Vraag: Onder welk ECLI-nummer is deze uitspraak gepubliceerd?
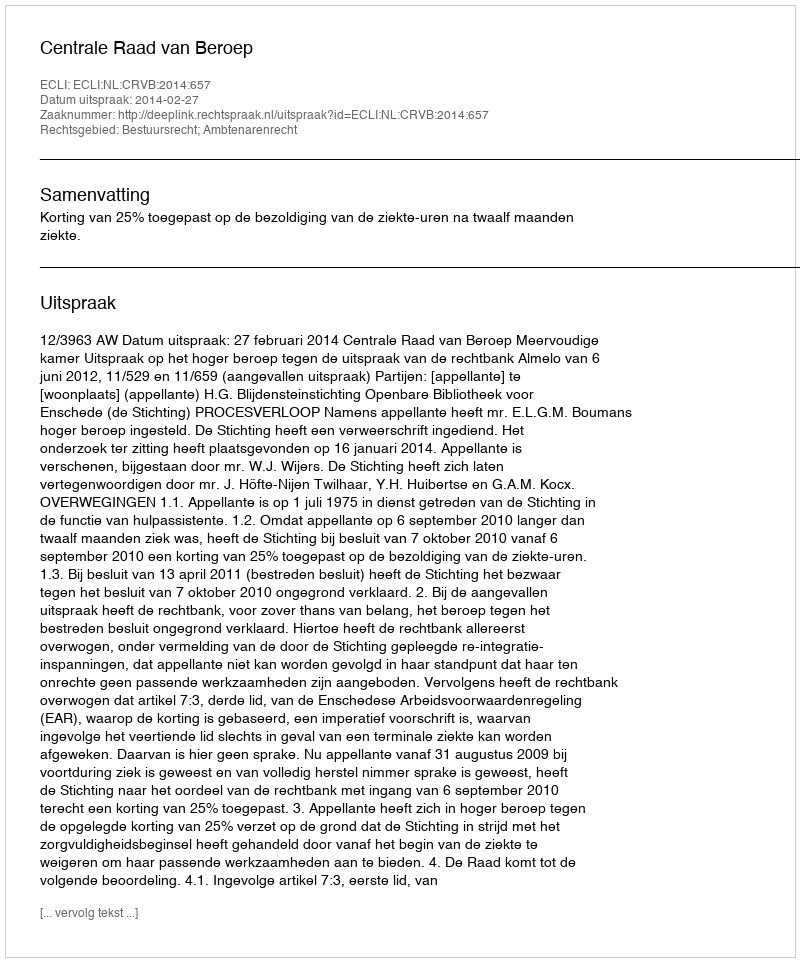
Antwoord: ECLI:NL:CRVB:2014:657